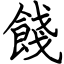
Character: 餞